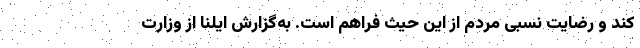
کند و رضایت نسبی مردم از این حیث فراهم است. به‌‌گزارش ایلنا از وزارت